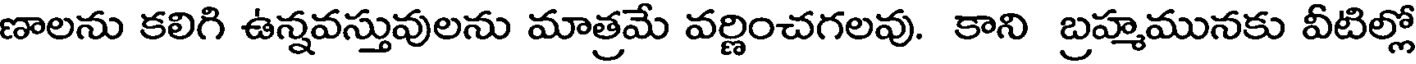
ణాలను కలిగి ఉన్నవస్తువులను మాత్రమే వర్ణించగలవు. కాని బ్రహ్మమునకు వీటిల్లో